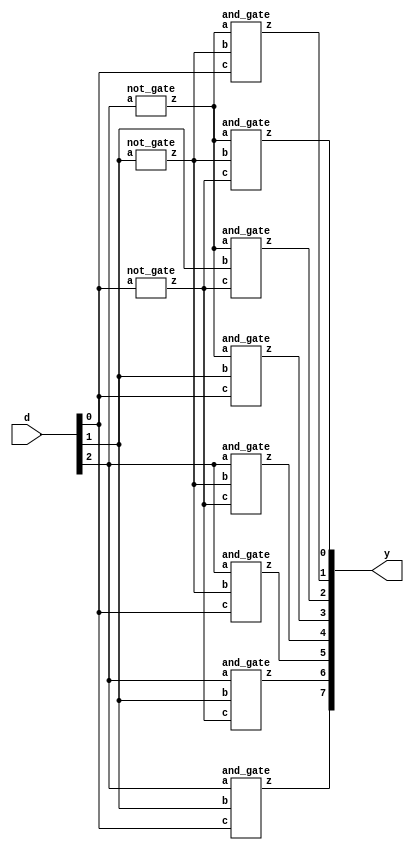
`timescale 1ns / 1ps
//////////////////////////////////////////////////////////////////////////////////
// Company: 
// Engineer: 
// 
// Design Name: 
// Module Name:    decoder3_8_st 
// Project Name: 
// Target Devices: 
// Tool versions: 
// Description: 
//
// Dependencies: 
//
// Revision: 
// Revision 0.01 - File Created
// Additional Comments: 
//
//////////////////////////////////////////////////////////////////////////////////
module decoder3_8_st(
    input [2:0] d,
    output [7:0] y
    );
	 wire p,q,r;
not_gate n1(d[2],p), 
         n2(d[1],q), 
			n3(d[0],r);
and_gate a1(p,q,r,y[0]),a2(p,q,d[0],y[1]),a3(p,d[1],r,y[2]),a4(p,d[1],d[0],y[3]),
         a5(d[2],q,r,y[4]),a6(d[2],q,d[0],y[5]),a7(d[2],d[1],r,y[6]),a8(d[2],d[1],d[0],y[7]);

endmodule

module not_gate(input a,output z);
assign z=~a;
endmodule

module and_gate(input a,b,c,output z);
assign z=a&b&c;
endmodule